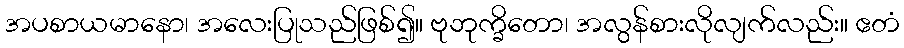
အပစာယမာနော၊ အလေးပြုသည်ဖြစ်၍။ ဗုဘုက္ခိတော၊ အလွန်စားလိုလျက်လည်း။ ဧတံ